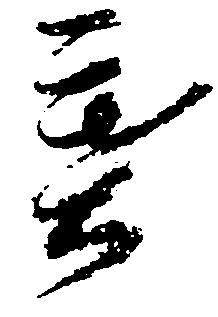
葉